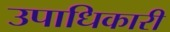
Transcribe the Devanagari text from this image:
उपाधिकारी